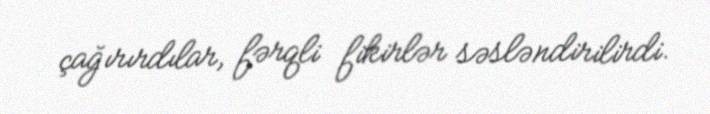
çağırırdılar, fərqli fikirlər səsləndirilirdi.